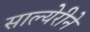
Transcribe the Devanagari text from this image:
साल्येरीने